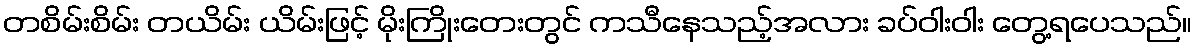
တစိမ်းစိမ်း တယိမ်း ယိမ်းဖြင့် မိုးကြိုးတေးတွင် ကသီနေသည့်အလား ခပ်ဝါးဝါး တွေ့ရပေသည်။